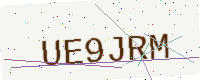
Text: UE9JRM